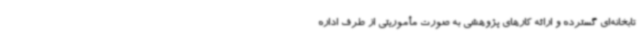
تابخانه‌ای گسترده و ارائه کارهای پژوهشی به صورت مأموریتی از طرف اداره